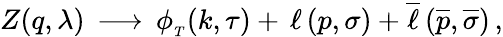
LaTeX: Z(q,\lambda)\, \longrightarrow\, \phi_{_T}(k,\tau)+\, \ell\, (p,\sigma)+\overline{{{\ell}}}\, ({\overline{{{p}}}},\overline{{{\sigma}}})\, ,